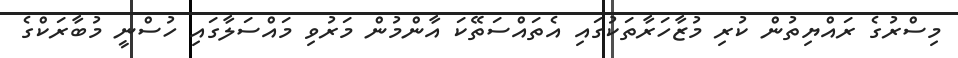
މިސްރުގެ ރައްޔިތުން ކުރި މުޒާހަރާތަކުގައި އެތައްސަތޭކަ އާންމުން މަރުވި މައްސަލާގައި ހުސްނީ މުބާރަކްގެ